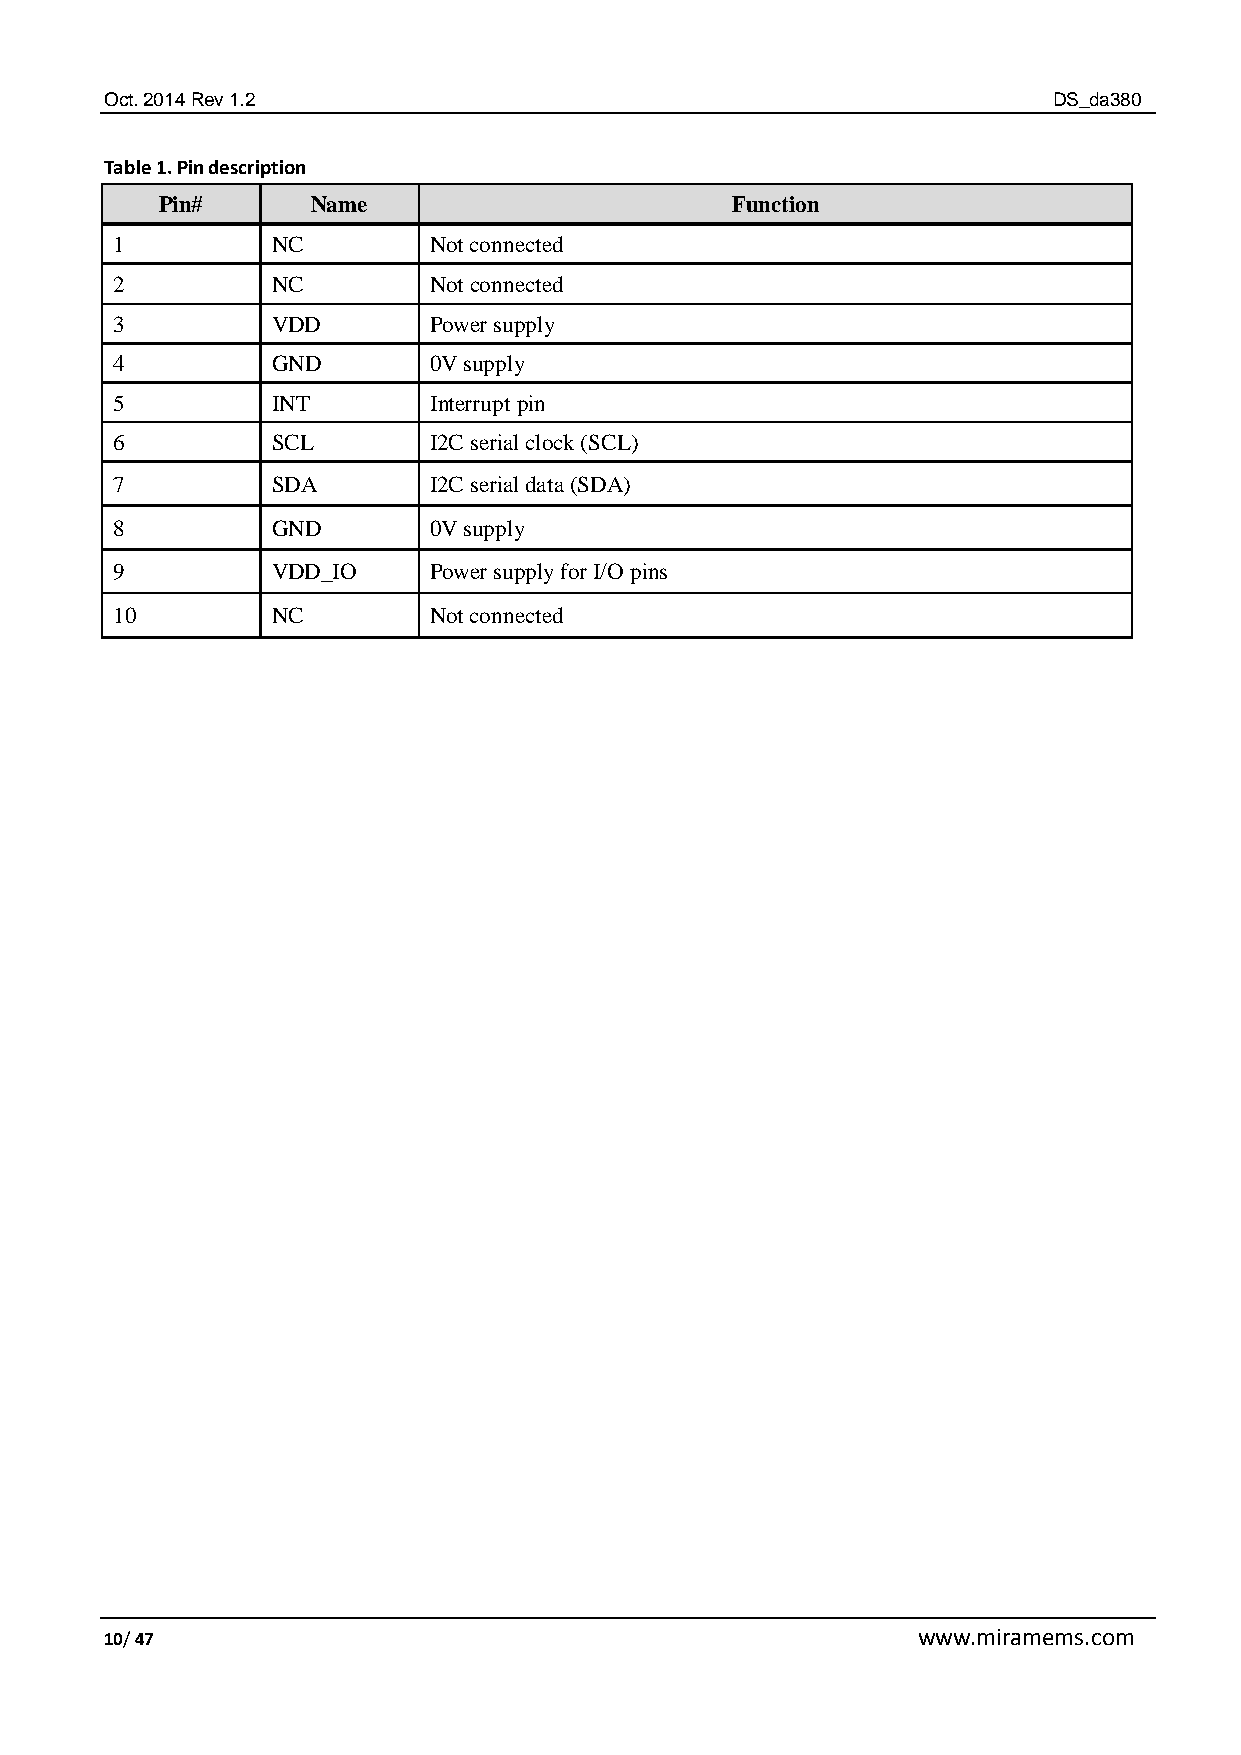
Oct. 2014 Rev 1.2                                              DS_da380
 Table 1. Pin description
 Pin#       Name                       Function
 1          NC        Not connected
 2          NC        Not connected
 3          VDD       Power supply
 4          GND       0V supply
 5          INT       Interrupt pin
 6          SCL       I2C serial clock (SCL)
 7          SDA       I2C serial data (SDA)
 8          GND       0V supply
 9          VDD_IO    Power supply for I/O pins
 10         NC        Not connected
 10/ 47                                                www.miramems.com